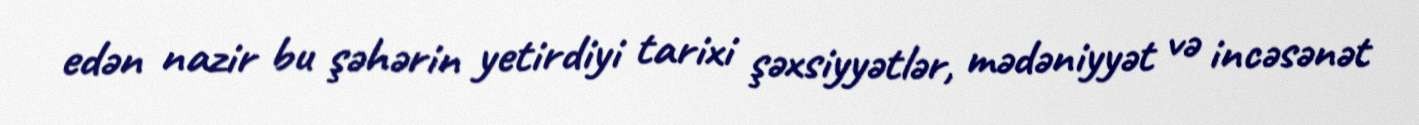
edən nazir bu şəhərin yetirdiyi tarixi şəxsiyyətlər, mədəniyyət və incəsənət